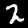
Digit: 2